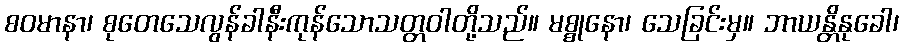
စဝမာနာ၊ စုတေသေလွန်ခါနီးကုန်သောသတ္တဝါတို့သည်။ မစ္စုနော၊ သေခြင်းမှ။ ဘာယန္တိနုခေါ၊